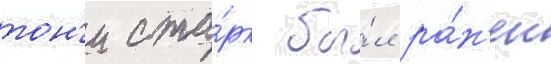
тон'и ста́рк бы́л ра́н'ен